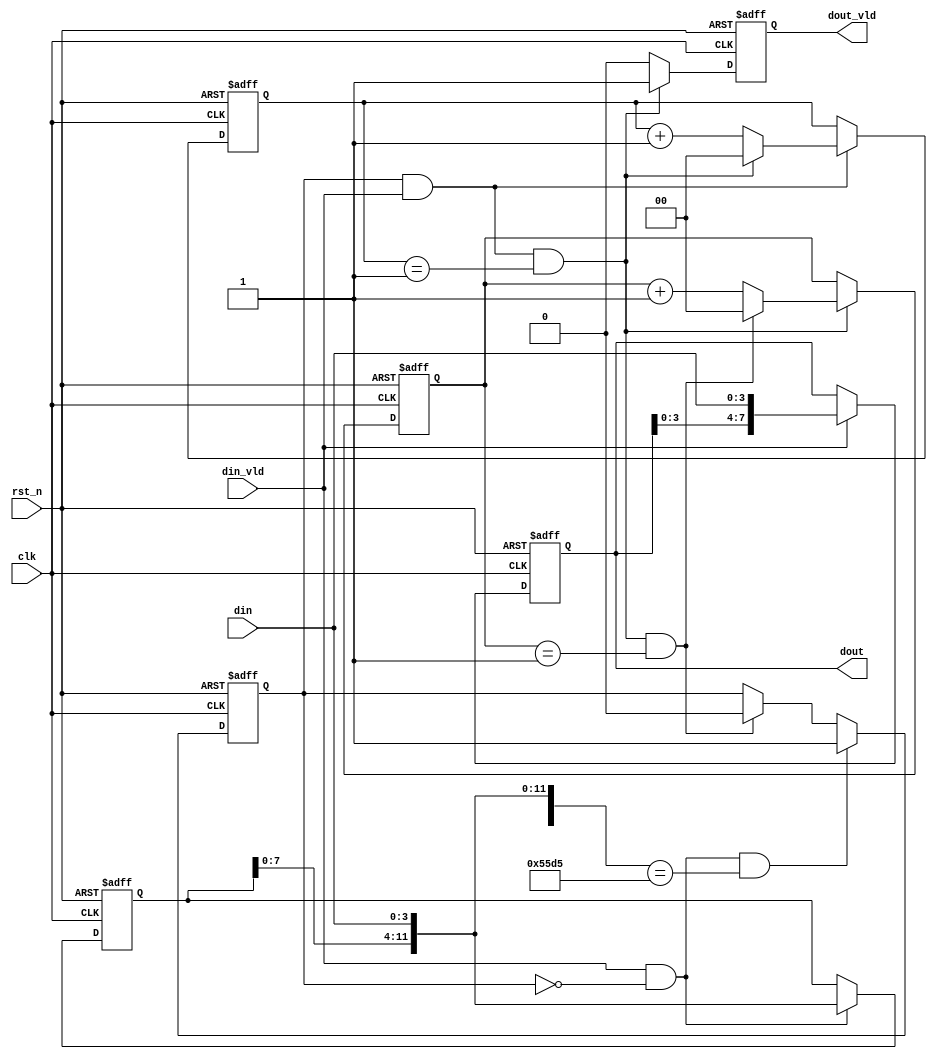
module opcode_detect(
    clk      ,
    rst_n    ,
    din      ,
    din_vld  ,
    dout     ,
    dout_vld   
    );


    input               clk            ;
    input               rst_n          ;
    input [3:0]         din            ;
    input               din_vld        ;
    output[7:0]         dout           ;
    output              dout_vld       ;

    reg   [7:0]         dout           ;
    reg                 dout_vld       ;

    reg   [11:0]        din_tmp        ;
    reg   [ 1:0]        cnt0           ;
    wire                add_cnt0       ;
    wire                end_cnt0       ;
    reg   [ 1:0]        cnt1           ;
    wire                add_cnt1       ;
    wire                end_cnt1       ;
    reg                 flag_add       ;

    always  @(posedge clk or negedge rst_n)begin
        if(rst_n==1'b0)begin
            din_tmp <= 0;
        end
        else if(din_vld && flag_add==0) begin
            din_tmp <= {din_tmp[7:0],din};
        end
    end

    always @(posedge clk or negedge rst_n)begin
        if(!rst_n)begin
            cnt0 <= 0;
        end
        else if(add_cnt0)begin
            if(end_cnt0)
                cnt0 <= 0;
            else
                cnt0 <= cnt0 + 1;
        end
    end

    assign add_cnt0 = flag_add && din_vld;
    assign end_cnt0 = add_cnt0 && cnt0==2-1 ;

    always @(posedge clk or negedge rst_n)begin 
        if(!rst_n)begin
            cnt1 <= 0;
        end
        else if(add_cnt1)begin
            if(end_cnt1)
                cnt1 <= 0;
            else
                cnt1 <= cnt1 + 1;
        end
    end

    assign add_cnt1 = end_cnt0;
    assign end_cnt1 = add_cnt1 && cnt1==2-1 ;

    always  @(posedge clk or negedge rst_n)begin
        if(rst_n==1'b0)begin
            flag_add <= 0;
        end
        else if(flag_add==0 && din_vld && {din_tmp[11:0],din}==16'h55d5)begin
            flag_add <= 1;
        end
        else if(end_cnt1)begin
            flag_add <= 0;
        end
    end


    always  @(posedge clk or negedge rst_n)begin
        if(rst_n==1'b0)begin
            dout <= 0;
        end
        else if(din_vld) begin
            dout <= {dout[3:0],din};
        end
    end

    always  @(posedge clk or negedge rst_n)begin
        if(rst_n==1'b0)begin
            dout_vld <= 1'b0;
        end
        else if(end_cnt0)begin
            dout_vld <= 1'b1;
        end
        else begin
            dout_vld <= 1'b0;
        end
    end


endmodule